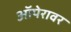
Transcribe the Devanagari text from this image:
ऑपेरावर